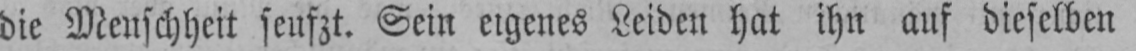
die Menschheit seufzt. Sein eigenes Leiden hat ihn auf dieselben